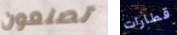
تصنعون قطارات